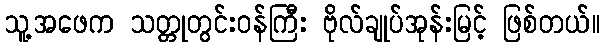
သူ့အဖေက သတ္တုတွင်းဝန်ကြီး ဗိုလ်ချုပ်အုန်းမြင့် ဖြစ်တယ်။